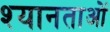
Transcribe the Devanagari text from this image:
श्यानताओं